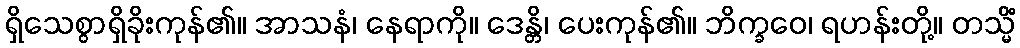
ရှိသေစွာရှိခိုးကုန်၏။ အာသနံ၊ နေရာကို။ ဒေန္တိ၊ ပေးကုန်၏။ ဘိက္ခဝေ၊ ရဟန်းတို့။ တသ္မိံ